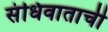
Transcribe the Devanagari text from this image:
संधिवाताची